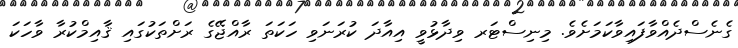
ގެނެސްދެއްވާފައިވާކަމަށެވެ. މިނިސްޓަރ ވިދާޅުވީ އިއާދަ ކުރަނަވި ހަކަތަ ރާއްޖޭގެ ރަށްތަކުގައި ޤާއިމްކުރާ ވާހަކަ